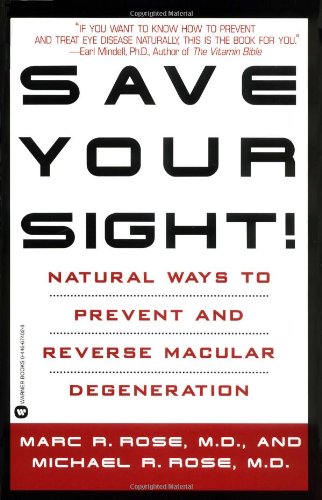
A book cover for Save Your Sight!: Natural Ways to Prevent and Reverse Macular Degeneration; Marc R. Rose; Health, Fitness & Dieting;